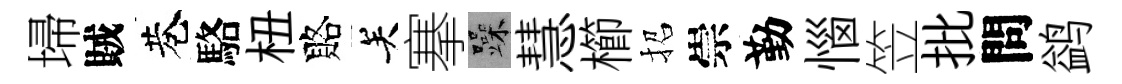
埽賊巷駱杻賂关搴躁慧櫛招崇勤惱笠批問鹢